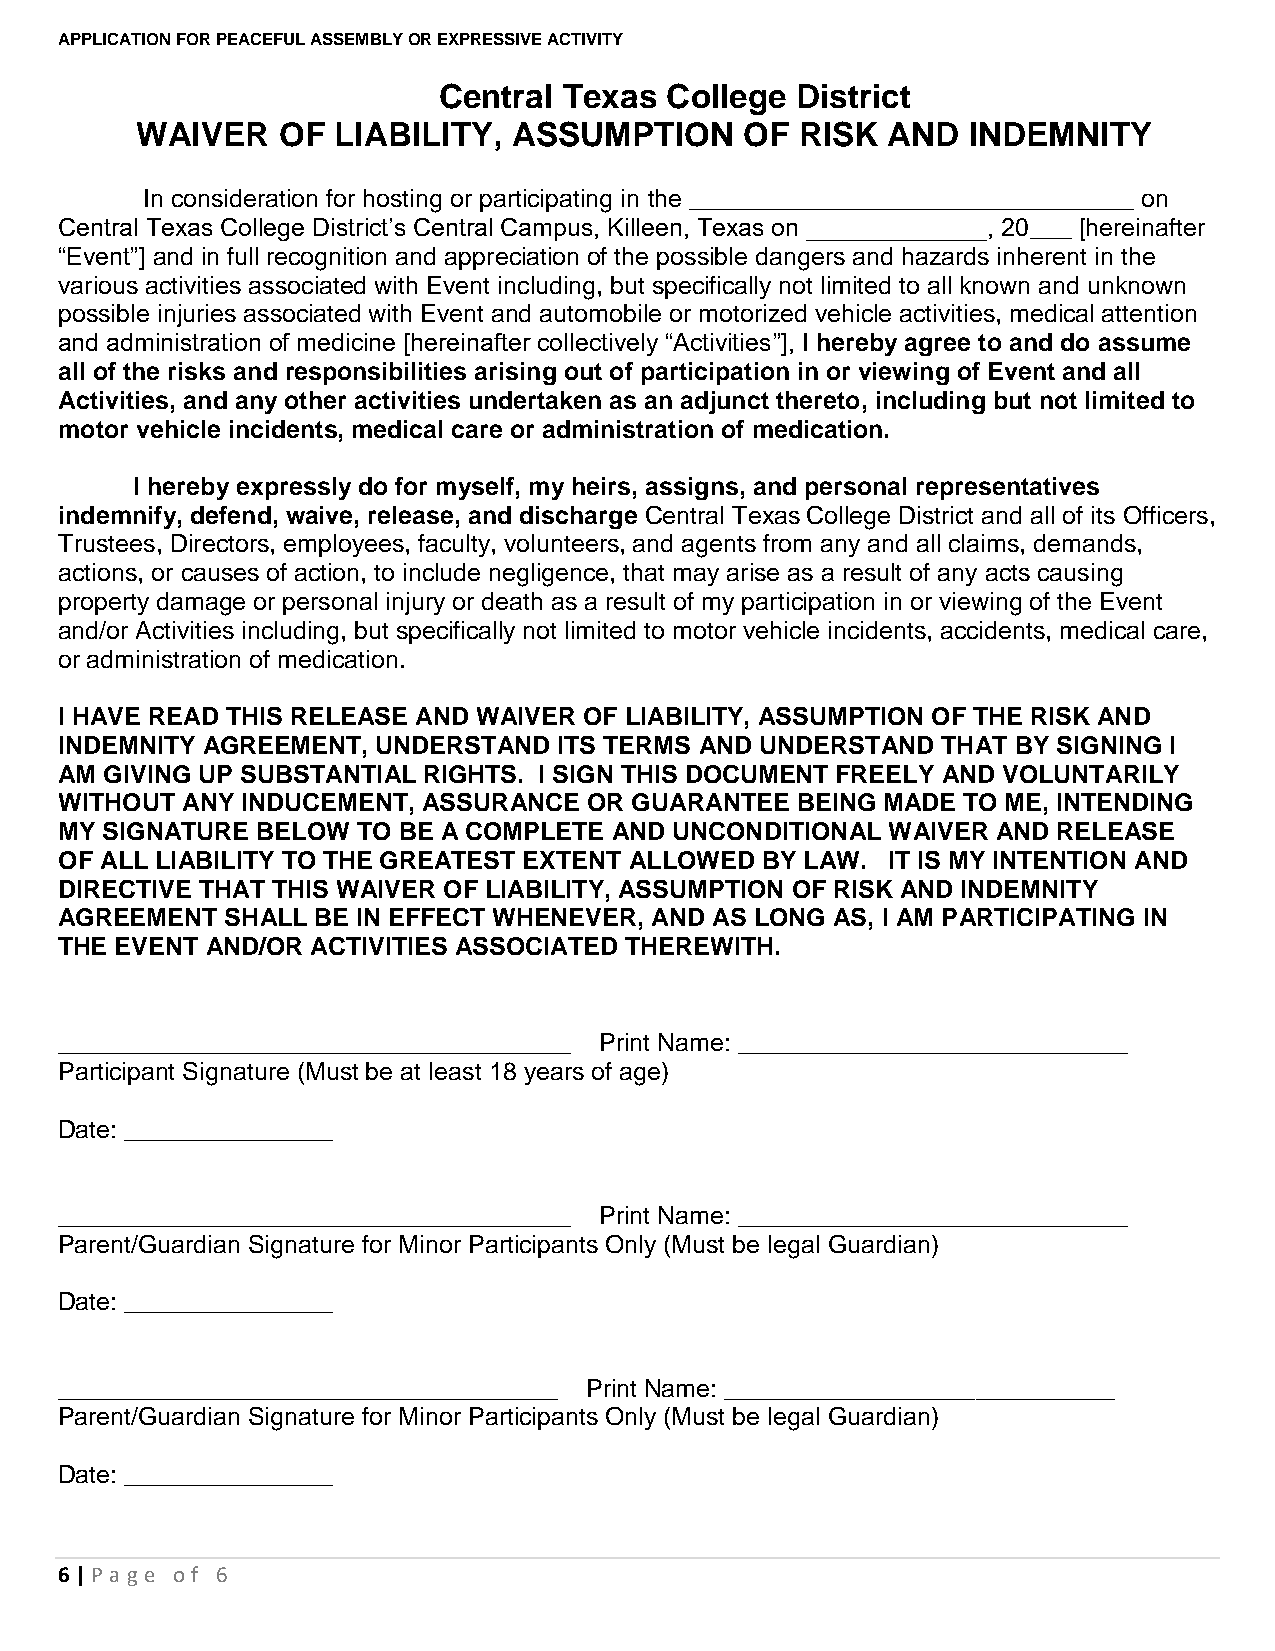
APPLICATION FOR PEACEFUL ASSEMBLY OR EXPRESSIVE ACTIVITY
 Central Texas  College  District
 WAIVER   OF  LIABILITY,  ASSUMPTION     OF  RISK  AND  INDEMNITY
 In consideration for hosting or participating in the ________________________________ on
 Central Texas College District’s Central Campus, Killeen, Texas on _____________, 20___ [hereinafter
 “Event”] and in full recognition and appreciation of the possible dangers and hazards inherent in the
 various activities associated with Event including, but specifically not limited to all known and unknown
 possible injuries associated with Event and automobile or motorized vehicle activities, medical attention
 and administration of medicine [hereinafter collectively “Activities”], I hereby agree to and do assume
 all of the risks and responsibilities arising out of participation in or viewing of Event and all
 Activities, and any other activities undertaken as an adjunct thereto, including but not limited to
 motor vehicle incidents, medical care or administration of medication.
 I hereby expressly do for myself, my heirs, assigns, and personal representatives
 indemnify, defend, waive, release, and discharge Central Texas College District and all of its Officers,
 Trustees, Directors, employees, faculty, volunteers, and agents from any and all claims, demands,
 actions, or causes of action, to include negligence, that may arise as a result of any acts causing
 property damage or personal injury or death as a result of my participation in or viewing of the Event
 and/or Activities including, but specifically not limited to motor vehicle incidents, accidents, medical care,
 or administration of medication.
 I HAVE READ THIS RELEASE AND WAIVER OF LIABILITY, ASSUMPTION OF THE RISK AND
 INDEMNITY AGREEMENT, UNDERSTAND  ITS TERMS AND UNDERSTAND THAT BY SIGNING I
 AM GIVING UP SUBSTANTIAL RIGHTS. I SIGN THIS DOCUMENT FREELY AND VOLUNTARILY
 WITHOUT ANY INDUCEMENT, ASSURANCE  OR GUARANTEE  BEING MADE TO ME, INTENDING
 MY SIGNATURE BELOW  TO BE A COMPLETE AND UNCONDITIONAL WAIVER AND RELEASE
 OF ALL LIABILITY TO THE GREATEST EXTENT ALLOWED BY LAW. IT IS MY INTENTION AND
 DIRECTIVE THAT THIS WAIVER OF LIABILITY, ASSUMPTION OF RISK AND INDEMNITY
 AGREEMENT  SHALL BE IN EFFECT WHENEVER, AND AS LONG AS, I AM PARTICIPATING IN
 THE EVENT AND/OR ACTIVITIES ASSOCIATED THEREWITH.
 _____________________________________ Print Name: ____________________________
 Participant Signature (Must be at least 18 years of age)
 Date: _______________
 _____________________________________ Print Name: ____________________________
 Parent/Guardian Signature for Minor Participants Only (Must be legal Guardian)
 Date: _______________
 ____________________________________ Print Name: ____________________________
 Parent/Guardian Signature for Minor Participants Only (Must be legal Guardian)
 Date: _______________
 6 | P age o f 6